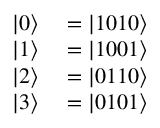
\begin{array} { r l } { | 0 \rangle } & { { } = | 1 0 1 0 \rangle } \\ { | 1 \rangle } & { { } = | 1 0 0 1 \rangle } \\ { | 2 \rangle } & { { } = | 0 1 1 0 \rangle } \\ { | 3 \rangle } & { { } = | 0 1 0 1 \rangle } \end{array}